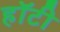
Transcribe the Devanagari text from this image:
हॉटी